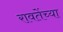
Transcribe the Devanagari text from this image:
रावतेंच्या